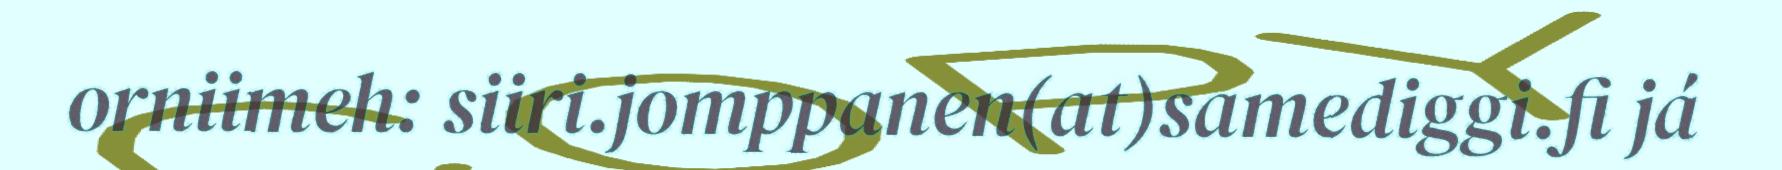
orniimeh: siiri.jomppanen(at)samediggi.fi já